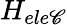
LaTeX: H_{ele\mathscr{C}}